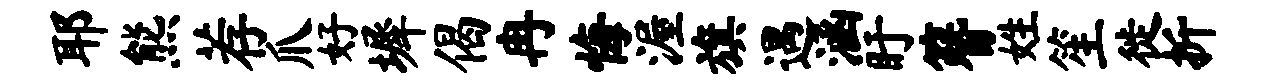
耶熊荐爪好墀偈冉悔渥旗遇涵盱簪姓笙徙折